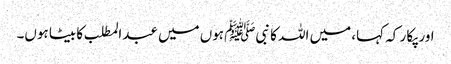
اور پکا ر کہ کہا، میں اللہ کا نبیﷺ ہوں میں عبدالمطلب کا بیٹا ہوں۔